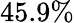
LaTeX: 45.9\%